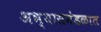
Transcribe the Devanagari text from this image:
अभ्यासमंडळात